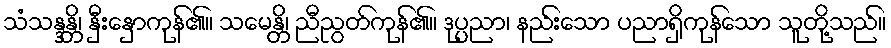
သံသန္ဒန္တိ၊ နှီးနှောကုန်၏။ သမေန္တိ၊ ညီညွတ်ကုန်၏။ ဒုပ္ပညာ၊ နည်းသော ပညာရှိကုန်သော သူတို့သည်။